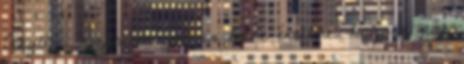
Akyüz. Szerinte nem is lenne értelme, hogy a nők